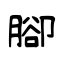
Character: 腳